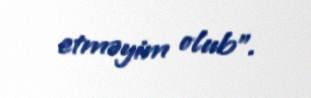
etməyim olub”.